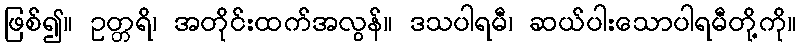
ဖြစ်၍။ ဥတ္တရိ၊ အတိုင်းထက်အလွန်။ ဒသပါရမီ၊ ဆယ်ပါးသောပါရမီတို့ကို။